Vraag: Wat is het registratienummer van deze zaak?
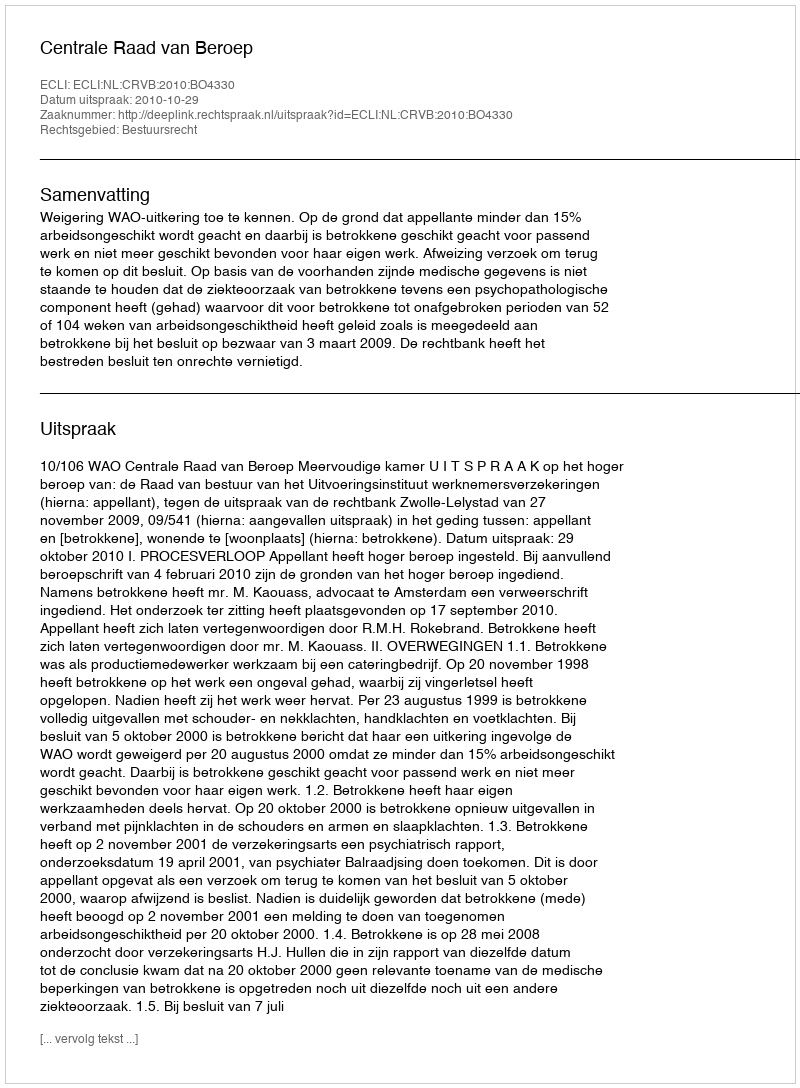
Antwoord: http://deeplink.rechtspraak.nl/uitspraak?id=ECLI:NL:CRVB:2010:BO4330